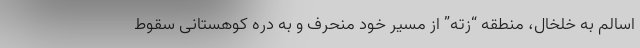
اسالم به خلخال، منطقه “زته” از مسیر خود منحرف و به دره کوهستانی سقوط